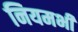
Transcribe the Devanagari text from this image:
नियमभी